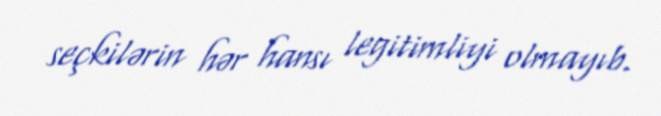
seçkilərin hər hansı legitimliyi olmayıb.